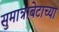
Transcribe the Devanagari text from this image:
सुमात्राबेटाच्या